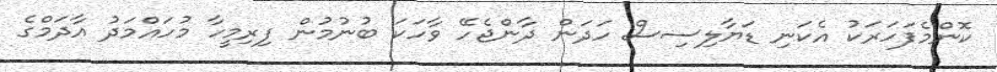
ކޮންމެފަހަރަކު އެކަނި ޑަޔާލިސިސް ހަދަން ދާންޖެހޭ ވާހަކަ ބުނުމުން ފިރިމީހާ މުހައްމަދު އާދަމްގެ